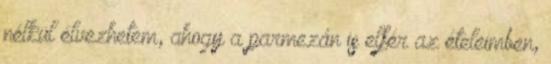
nélkül élvezhetem, ahogy a parmezán is elfér az ételeimben,